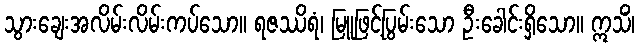
သွားချေးအလိမ်းလိမ်းကပ်သော။ ရဇဿိရံ၊ မြူဖြင့်ပြွမ်းသော ဦးခေါင်းရှိသော။ ဣသိံ၊